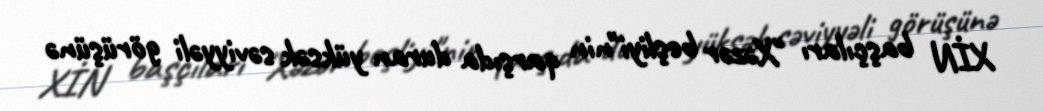
XİN başçıları "Xəzər beşliyi"nin qarşıda duran yüksək səviyyəli görüşünə